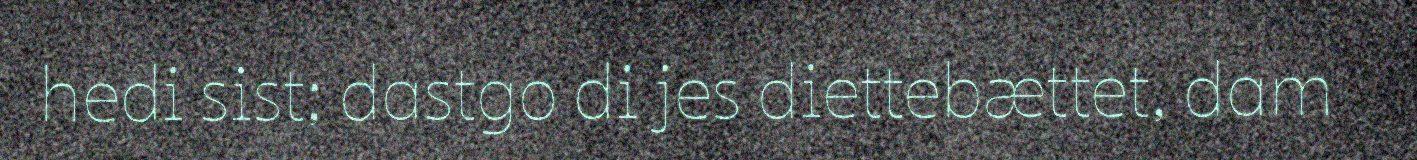
hedi sist; dastgo di jes diettebættet, dam